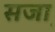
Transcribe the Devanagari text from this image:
सजा़